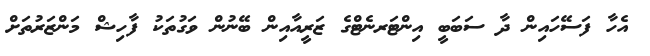
އެހާ ފަސޭހައިން ދާ ސަބަބީ އިންޓަރނެޓްގެ ޒަރީއާއިން ބޭނުން ވަގުތަކު ފާހިޝް މަންޒަރުތަށް